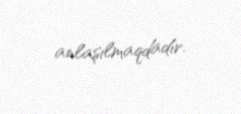
anlaşılmaqdadır.